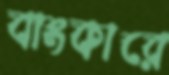
বাংকারে